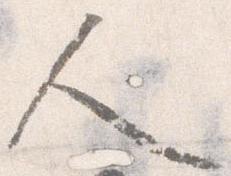
人